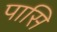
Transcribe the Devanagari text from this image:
पासि